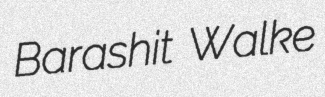
Barashit Walke